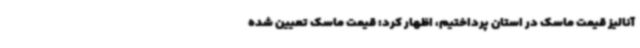
آنالیز قیمت ماسک در استان پرداختیم، اظهار کرد: قیمت ماسک تعیین شده